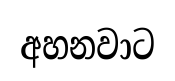
අහනවාට